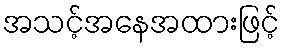
အသင့်အနေအထားဖြင့်